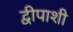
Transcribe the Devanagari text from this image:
द्वीपाशी